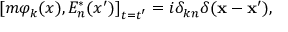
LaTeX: \left[ m \varphi _ { k } ( x ) , E _ { n } ^ { * } ( x ^ { \prime } ) \right] _ { t = t ^ { \prime } } = i \delta _ { k n } \delta ( \mathbf { x } - \mathbf { x } ^ { \prime } ) ,